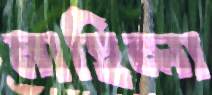
মাহিলা